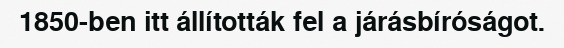
1850-ben itt állították fel a járásbíróságot.